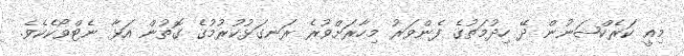
މިއީ ކަރެކްޝަނުން ދޭ ހިދުމަތުގެ ފެންވަރު މިހާރަށްވުރެ ރަނގަޅުކުރުމުގެ ގޮތުން އަޅާ ނެޓްވޯކެކެވެ.